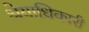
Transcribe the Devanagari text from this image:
श्रेयाधिकारी